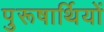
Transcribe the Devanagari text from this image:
पुरूषार्थियों